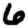
Digit: 6